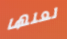
لعلها